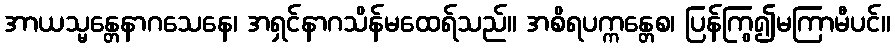
အာယသ္မန္တေနာဂသေနေ၊ အရှင်နာဂသိန်မထေရ်သည်။ အစိရပက္ကန္တေစ၊ ပြန်ကြွ၍မကြာမီပင်။